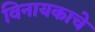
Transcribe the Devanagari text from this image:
विनायकाचे